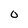
Character: O